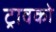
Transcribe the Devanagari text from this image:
ट्रावको